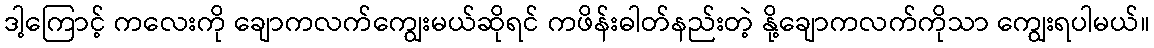
ဒါ့ကြောင့် ကလေးကို ချောကလက်ကျွေးမယ်ဆိုရင် ကဖိန်းဓါတ်နည်းတဲ့ နို့ချောကလက်ကိုသာ ကျွေးရပါမယ်။